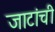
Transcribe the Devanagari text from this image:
जाटांची